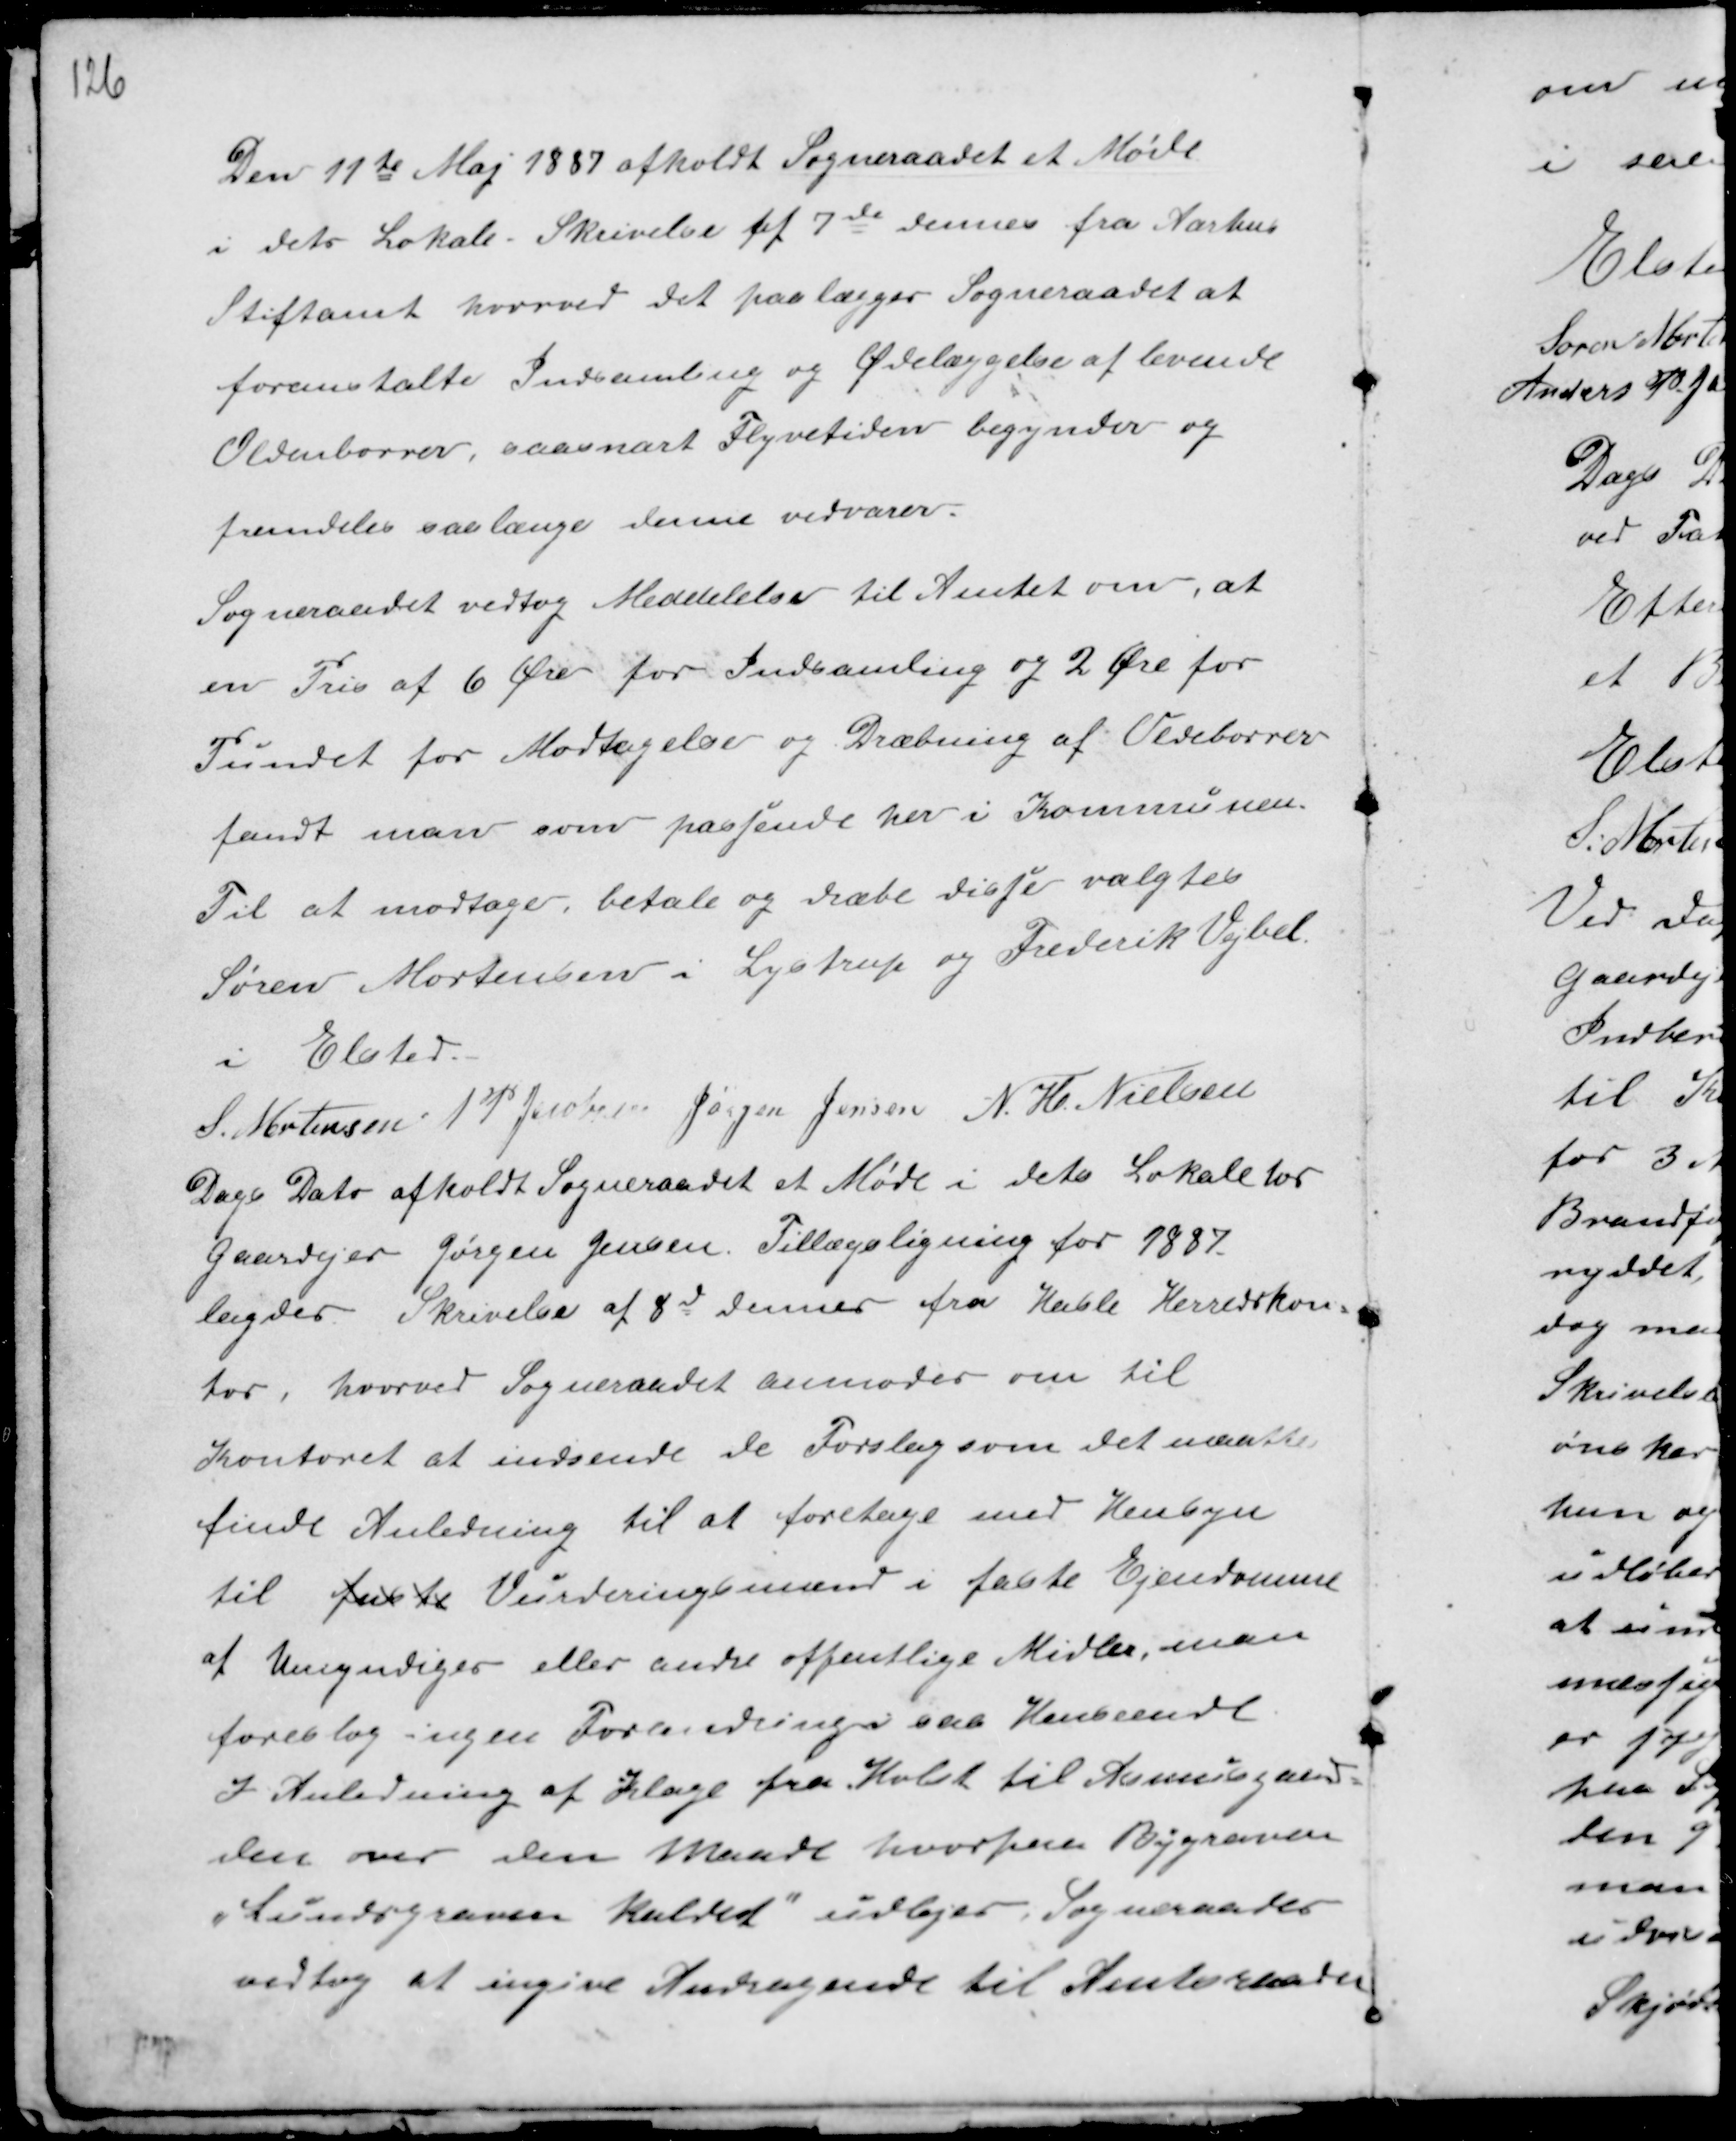
Transskription:
Den 11te Maj 1887 afholdt Sogneraadet et Møde
i dets Lokale. Skrivelse af 7de dennes fra Aarhus
Stiftamt hvorved det paalægger Sogneraadet at
foranstalte Indsamling og Ødelæggelse af levende
Oldenborrer, saasnart Flyvetiden begynder og
fremdelses saalænge denne vedvarer.
Sogneraadet vedtog Meddelelse til Amtet, at
en Pris af 6 Øre for Indsamling og 2 Øre for
Pundet for modtagelse og Dræbning af Oldeborrer
fandt man som pasjende her i Kommunen.
Til at modtage, betale og dræbe disje valgtes
Søren Mortensen i Lystrup og Frederik Vejbel.
i Elsted.
S. Mortensen A P Jacobsen Jørgen Jensen N. H. Nielsen

Dags Dato afholdt Sogneraadet et Møde i dets Lokale hos
Gaardejer Jørgen Jensen. Tillægsligning for 1887
lagdes. Skrivelse af 8de dennes fra Hasle Herredskon-
tor, hvorved Sogneraadet anmodes om til
Kontoret at indsende de Forslag som det maatte
finde Anledning til at foretage med Hensyn
til faste Vurderingsmænd i faste Ejendomme
af Umyndiges eller andre offentlige Midler, man
foreslog ingen Forandringer saa Henseende
I Anledning af Klage fra Holst til Asmusgaar-
den over den maade hvorpaa Bygraven
"Søndergraven. Kaldet" udlejes. Sogneraadet
vedtog at ingive Andragende til Amtsraadet